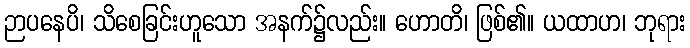
ဉာပနေပိ၊ သိစေခြင်းဟူသော အနက်၌လည်း။ ဟောတိ၊ ဖြစ်၏။ ယထာဟ၊ ဘုရား